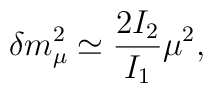
\delta m^2_{\mu} \simeq \frac{2 I_2}{I_1} \mu^2,